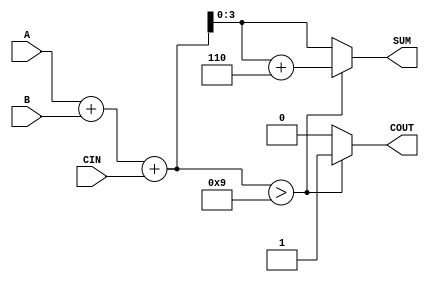
module bcd_conditional_adder(
    input [3:0] A,     // First BCD digit input
    input [3:0] B,     // Second BCD digit input
    input CIN,         // Carry input
    output reg [3:0] SUM,  // BCD result of the addition
    output reg COUT         // Carry output
);

    wire [4:0] S;       // 5-bit wire for the binary sum

    // Step 1: Perform binary addition of A, B, and CIN
    assign S = A + B + CIN;

    // Step 2: BCD correction and output assignment
    always @(*) begin
        if (S > 5'd9) begin
            SUM = S + 5'd6; // Correction for BCD
            COUT = 1;       // Set carry out
        end else begin
            SUM = S[3:0];   // Valid BCD, take lower 4 bits of S
            COUT = 0;       // No carry out
        end
    end

endmodule